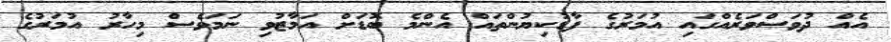
އެއް ދުވަސްވަރެއްގައި އުމަރުގެ ފާޑުކިޔުންތައް އެންމެ ބޮޑަށް އަމާޒުވި ނަމަވެސް މިހާރު އުމަރުގެ